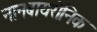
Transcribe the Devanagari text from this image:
नानबायरोनिक